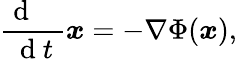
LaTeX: \frac{\mathrm{~d~\, ~\, ~}}{\mathrm{~d~}t}{\boldsymbol x}=-\nabla\Phi({\boldsymbol x}),